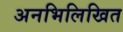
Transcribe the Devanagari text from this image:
अनभिलिखित